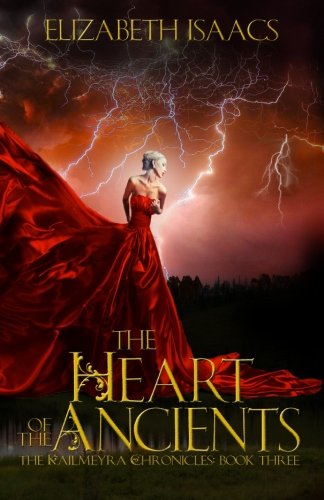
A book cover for The Heart of the Ancients: Kailmeyra's Redemption (Kailmeyra Series ) (Volume 3); Elizabeth Isaacs; Science Fiction & Fantasy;